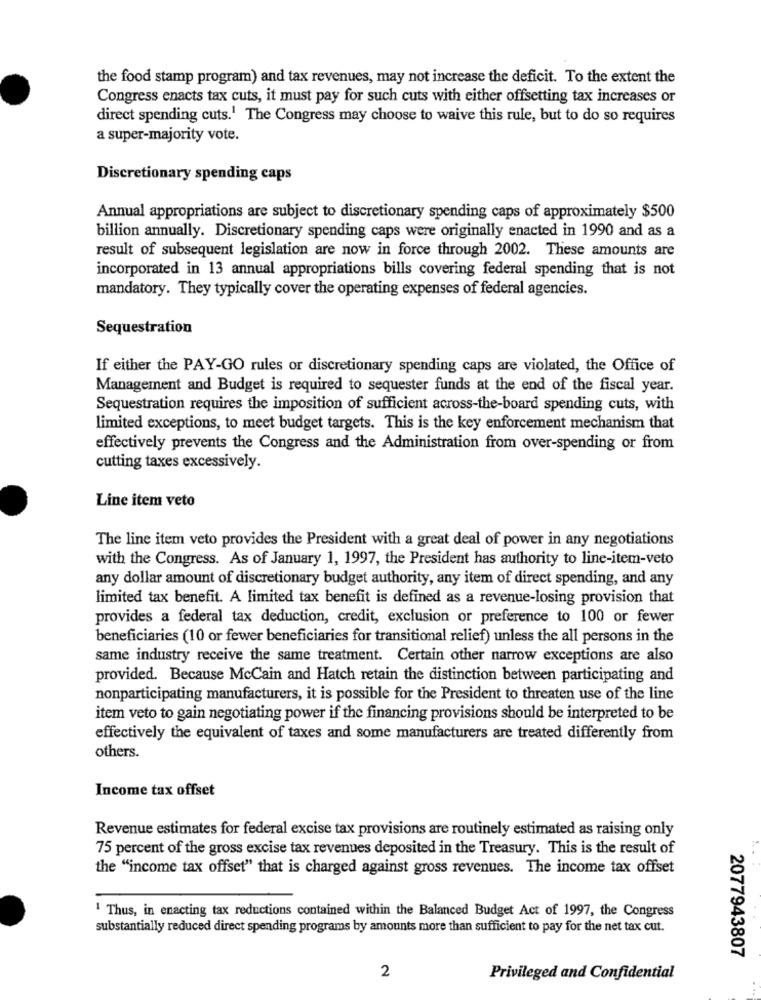
the food stamp program) and tax revenues, may not increase the deficit. To the extent the
Congress enacts tax cuts, it must pay for such cuts with either offsetting tax increases or
direct spending cuts.1 The Congress may choose to waive this rule, but to do so requires
a super-majority vote.
Discretionary spending caps
Annual appropriations are subject to discretionary spending caps of approximately $500
billion annually. Discretionary spending caps were originally enacted in 1990 and as a
result of subsequent legislation are now in force through 2002. These amounts are
incorporated in 13 annual appropriations bills covering federal spending that is not
mandatory. They typically cover the operating expenses of federal agencies.
Sequestration
If either the PAY-GO rules or discretionary spending caps are violated, the Office of
Management and Budget is required to sequester funds at the end of the fiscal year.
Sequestration requires the imposition of sufficient across-the-board spending cuts, with
limited exceptions, to meet budget targets. This is the key enforcement mechanism that
effectively prevents the Congress and the Administration from over-spending or from
cutting taxes excessively.
Line item veto
The line item veto provides the President with a great deal of power in any negotiations
with the Congress. As of January 1, 1997, the President has authority to line-item-veto
any dollar amount of discretionary budget authority, any item of direct spending, and any
limited tax benefit. A limited tax benefit is defined as a revenue-losing provision that
provides a federal tax deduction, credit, exclusion or preference to 100 or fewer
beneficiaries (10 or fewer beneficiaries for transitional relief) unless the all persons in the
same industry receive the same treatment. Certain other narrow exceptions are also
provided. Because McCain and Hatch retain the distinction between participating and
nonparticipating manufacturers, it is possible for the President to threaten use of the line
item veto to gain negotiating power if the financing provisions should be interpreted to be
effectively the equivalent of taxes and some manufacturers are treated differently from
others.
Income tax offset
Revenue estimates for federal excise tax provisions are routinely estimated as raising only
75 percent of the gross excise tax revenues deposited in the Treasury. This is the result of
the "income tax offset" that is charged against gross revenues. The income tax offset
1 Thus, in enacting tax reductions contained within the Balanced Budget Act of 1997, the Congress
substantially reduced direct spending programs by amounts more than sufficient to pay for the net tax cut.
2077943807
2
Privileged and Confidential